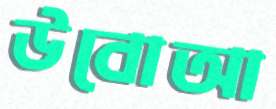
উবোআ